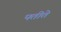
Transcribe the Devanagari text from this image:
पतीते